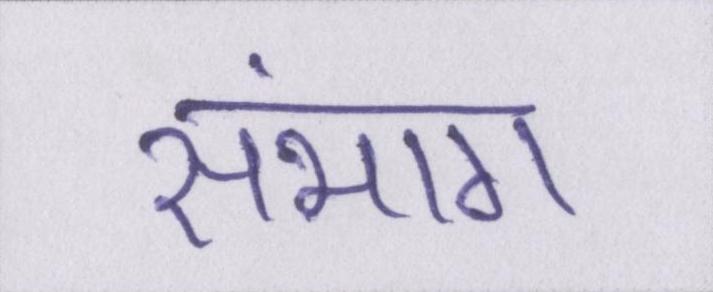
संभाग